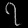
Digit: ၇